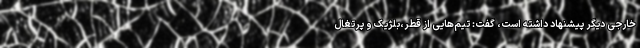
خارجی دیگر پیشنهاد داشته است، گفت: تیم‌هایی از قطر،بلژیک و پرتغال